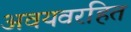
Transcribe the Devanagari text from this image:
अवयवरहित